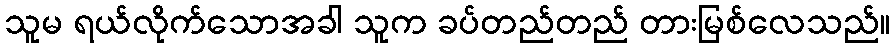
သူမ ရယ်လိုက်သောအခါ သူက ခပ်တည်တည် တားမြစ်လေသည်။